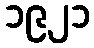
၁၉၂၁